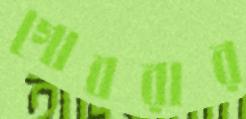
গোবরার